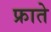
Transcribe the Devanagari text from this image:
फ्राते